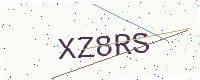
Text: XZ8RS